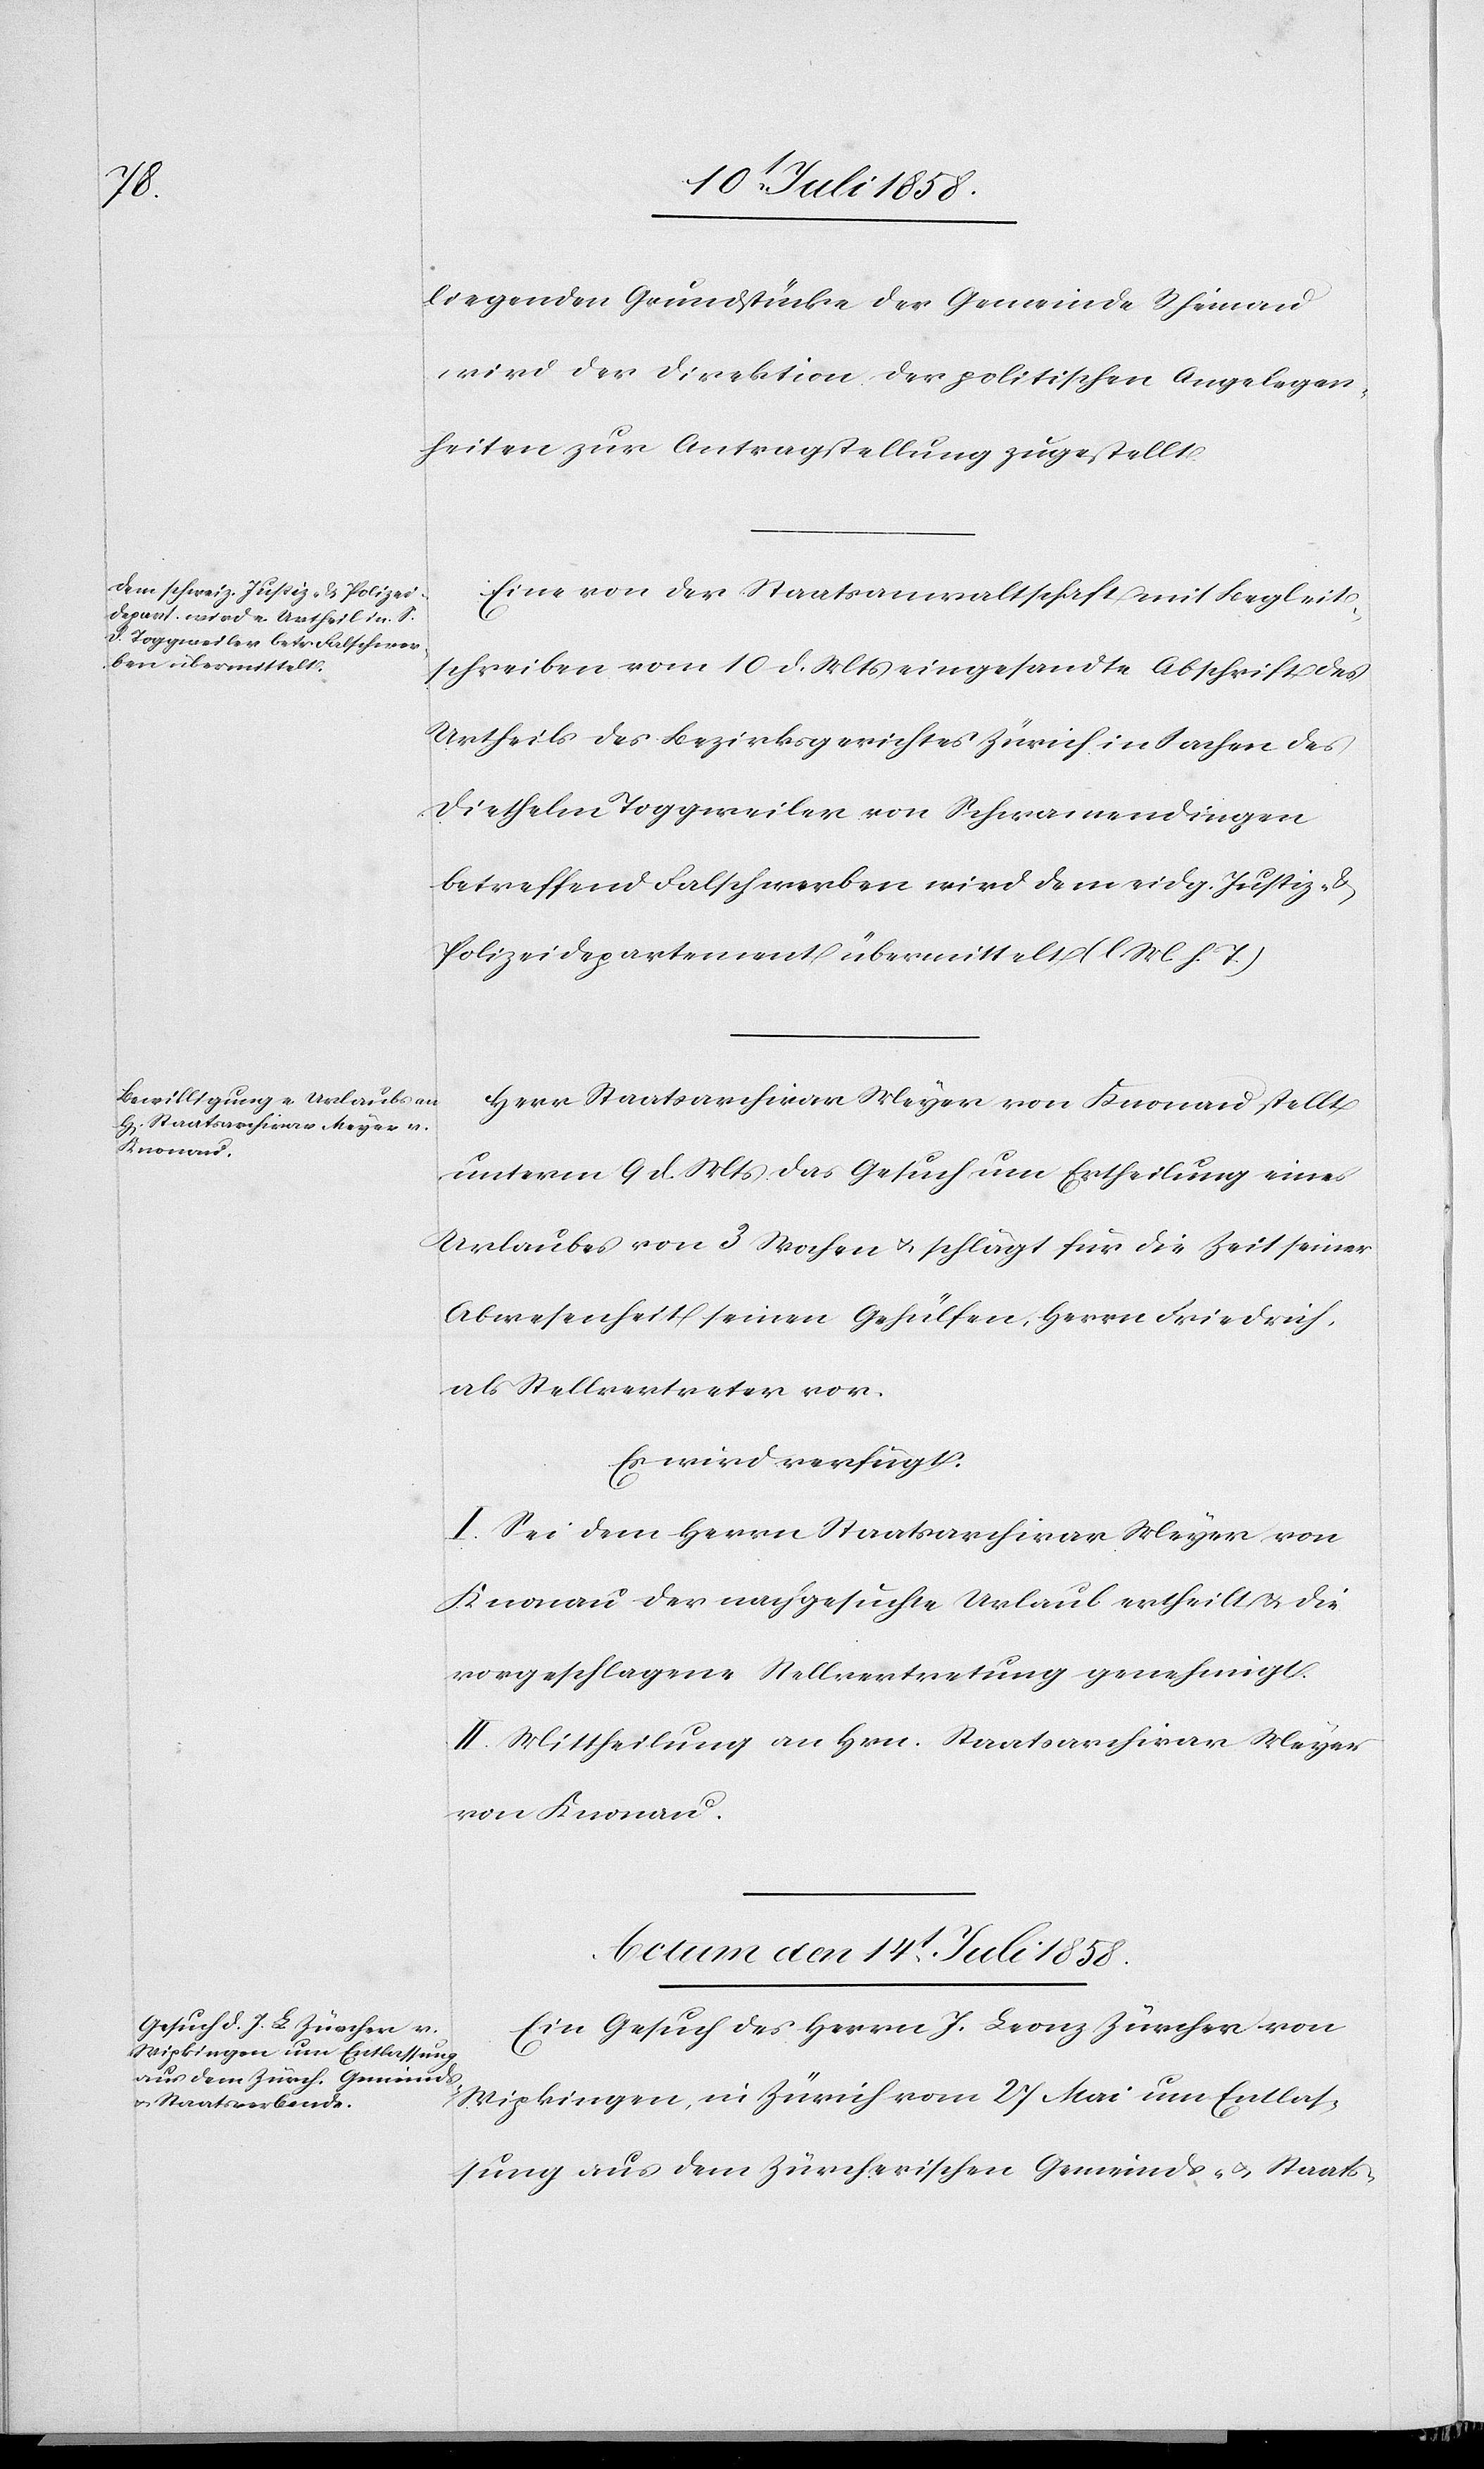
liegenden Grundstücke der Gemeinde Rheinau
wird der Direktion der politischen Angelegen¬
heiten zur Antragstellung zugestellt.
Eine von der Staatsanwaltschaft mit Begleit¬
schreiben vom 10 d. Mts eingesandte Abschrift des
Urtheils des Bezirksgerichtes Zürich in Sachen des
Diethelm Toggweiler von Schwamendingen
betreffend Falschwerben wird dem eidg. Justiz- &
Polizeidepartement übermittelt (l. M. h. T.)
Herr Staatsarchivar Meyer von Knonau stellt
unterm 9 d. Mts das Gesuch um Ertheilung eines
Urlaubes von 3 Wochen & schlägt für die Zeit seiner
Abwesenheit seinen Gehülfen, Herrn Friedrich,
als Stellvertreter vor.
Es wird verfügt:
I. Sei dem Herrn Staatsarchivar Meyer von
Knonau der nachgesuchte Urlaub ertheilt & die
vorgeschlagene Stellvertretung genehmigt.
II. Mittheilung an Hrn. Staatsarchivar Meyer
von Knonau.
Actum den 14t. Juli 1858.
Ein Gesuch des Herrn J. Leonz Zürcher von
Wipkingen, in Zürich vom 27 Mai um Entlas¬
sung aus dem Zürcherischen Gemeinds- & Staats-